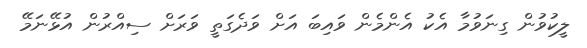
ލީކުވުން ގިނަވުމާ އެކު އެންމެން ވައިބަ އަށް ވަދެގަތީ ވަރަށް ސިއްރުން އުޅޭނަމޭ